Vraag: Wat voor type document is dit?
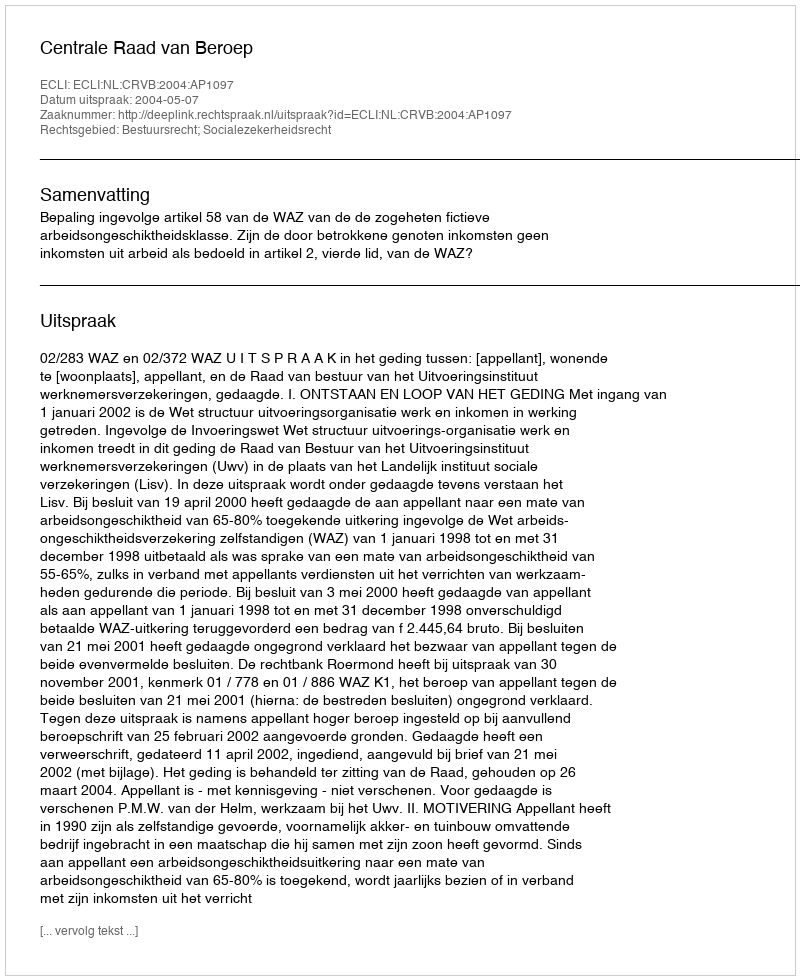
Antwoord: Uitspraak